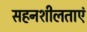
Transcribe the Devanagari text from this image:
सहनशीलताएं